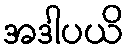
အဒါပယိ